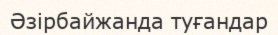
Әзірбайжанда туғандар